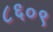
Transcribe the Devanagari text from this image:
८६०९